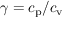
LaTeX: \gamma = c _ { \mathrm { p } } / c _ { \mathrm { v } }